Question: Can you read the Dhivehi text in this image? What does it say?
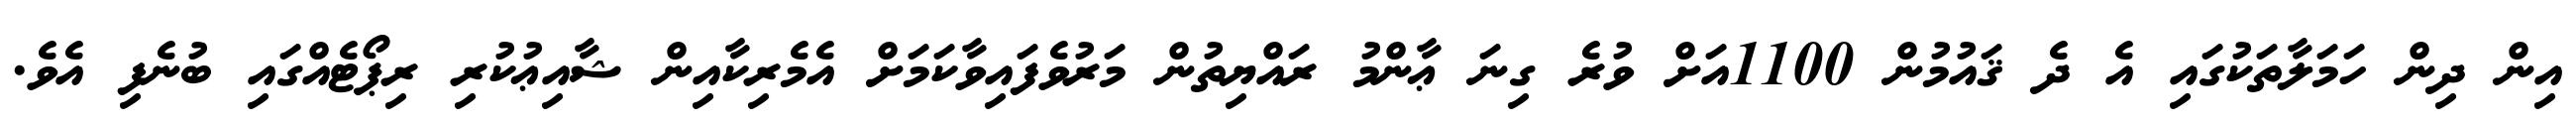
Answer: އިން ދިން ހަމަލާތަކުގައި އެ ދެ ޤައުމުން 1100އަށް ވުރެ ގިނަ ޢާންމު ރައްޔިތުން މަރުވެފައިވާކަމަށް އެމެރިކާއިން ޝާއިޢުކުރި ރިޕޯޓެއްގައި ބުނެފި އެވެ.